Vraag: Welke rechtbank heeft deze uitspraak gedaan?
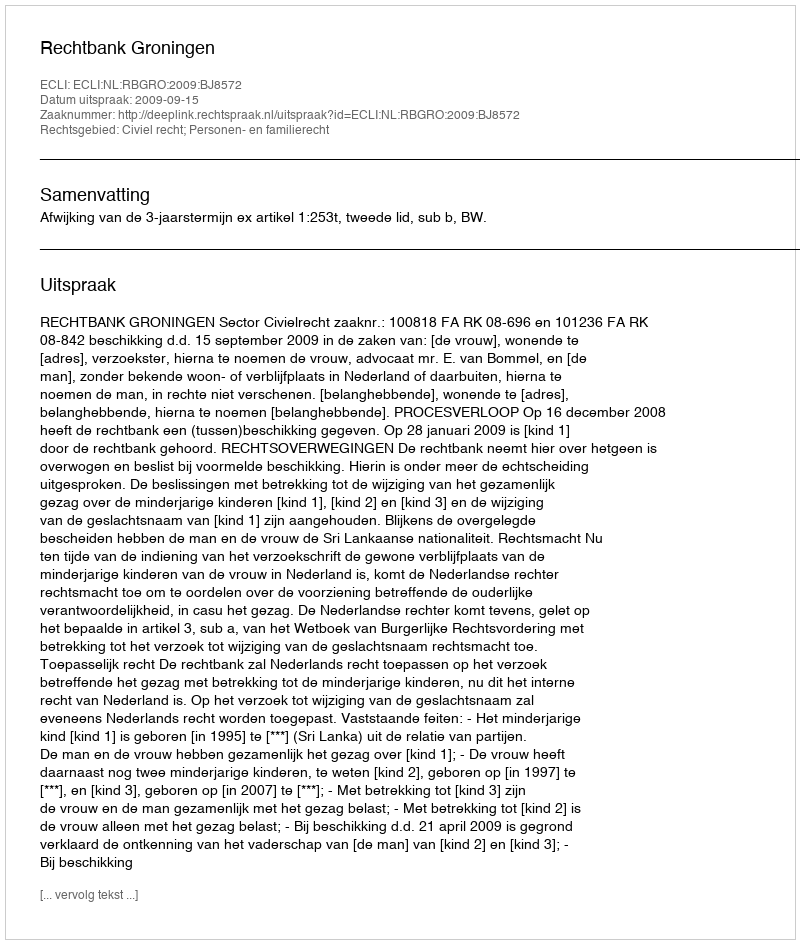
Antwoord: Rechtbank Groningen